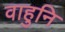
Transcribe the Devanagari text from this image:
वाहुनि